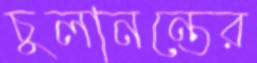
চুলানন্তের